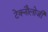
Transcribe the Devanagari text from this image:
टेक्नौलोजी